Malaria in India - Number 2
Disease focus: Malaria
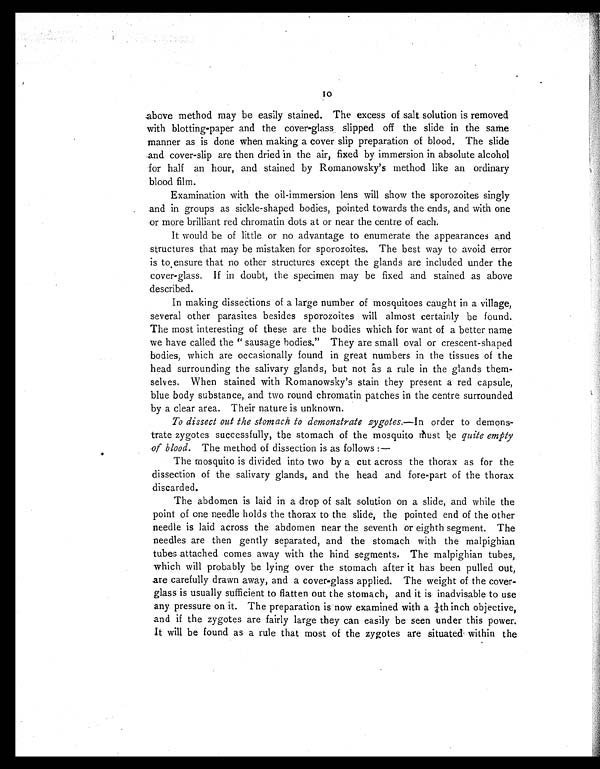
O
10
above method may be easily stained. The excess of salt solution is removed
with blotting-paper and the cover-glass slipped off the slide in the same
manner as is done when making a cover slip preparation of blood. The slide
and cover-slip are then dried in the air, fixed by immersion in absolute alcohol
for half an hour, and stained by Romanowsky's method like an ordinary
blood film.
Examination with the oil-immersion lens will show the sporozoites singly
and in groups as sickle-shaped bodies, pointed towards the ends, and with one
or more brilliant red chromatin dots at or near the centre of each.
It would be of little or no advantage to enumerate the appearances and
structures that may be mistaken for sporozoites. The best way to avoid error
is to ensure that no other structures except the glands are included under the
cover-glass. If in doubt, the specimen may be fixed and stained as above
described.
In making dissections of a large number of mosquitoes caught in a village,
several other parasites besides sporozoites will almost certainly be found.
The most interesting of these are the bodies which for want of a better name
we have called the "sausage bodies." They are small oval or crescent-shaped
bodies, which are occasionally found in great numbers in the tissues of the
head surrounding the salivary glands, but not as a rule in the glands them-
selves. When stained with Romanowsky's stain they present a red capsule,
blue body substance, and two round chromatin patches in the centre surrounded
by a clear area. Their nature is unknown.
To dissect out the stomach to demonstrate zygotes.— In order to demons-
trate zygotes successfully, the stomach of the mosquito must be quite empty
of blood. The method of dissection is as follows :—
The mosquito is divided into two by a cut across the thorax as for the
dissection of the salivary glands, and the head and fore-part of the thorax
discarded.
The abdomen is laid in a drop of salt solution on a slide, and while the
point of one needle holds the thorax to the slide, the pointed end of the other
needle is laid across the abdomen near the seventh or eighth segment. The
needles are then gently separated, and the stomach with the malpighian
tubes attached comes away with the hind segments. The malpighian tubes,
which will probably be lying over the stomach after it has been pulled out,
are carefully drawn away, and a cover-glass applied. The weight of the cover-
glass is usually sufficient to flatten out the stomach, and it is inadvisable to use
any pressure on it. The preparation is now examined with a ¼th inch objective,
and if the zygotes are fairly large they can easily be seen under this power.
It will be found as a rule that most of the zygotes are situated within the